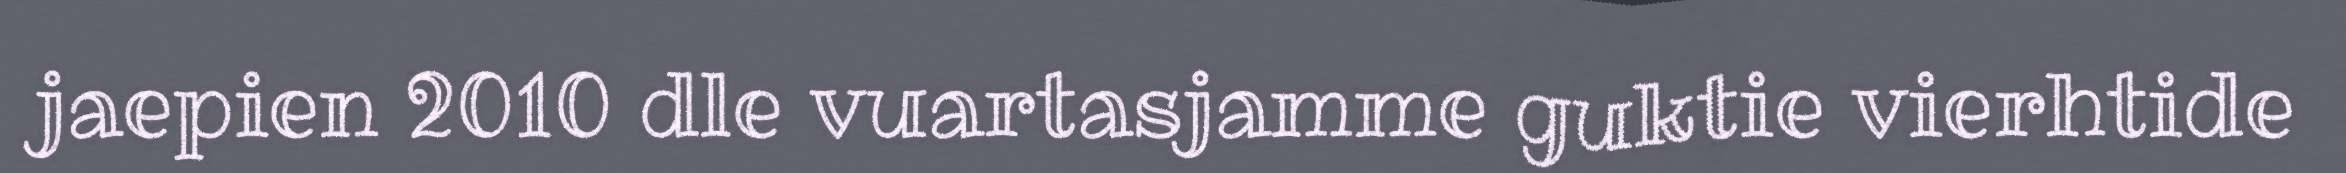
jaepien 2010 dle vuartasjamme guktie vierhtide